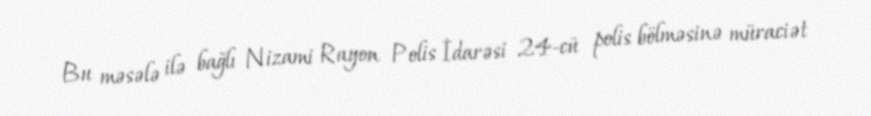
Bu məsələ ilə bağlı Nizami Rayon Polis İdarəsi 24-cü polis bölməsinə müraciət